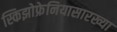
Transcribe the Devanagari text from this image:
स्किझोफ्रेनियासारख्या